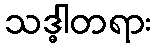
သဒ္ဓါတရား